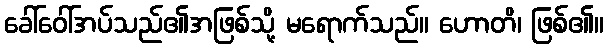
ခေါ်ဝေါ်အပ်သည်၏အဖြစ်သို့ မရောက်သည်။ ဟောတိ၊ ဖြစ်၏။